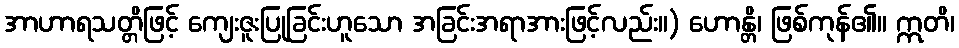
အာဟာရသတ္တိဖြင့် ကျေးဇူးပြုခြင်းဟူသော အခြင်းအရာအားဖြင့်လည်း။) ဟောန္တိ၊ ဖြစ်ကုန်၏။ ဣတိ၊